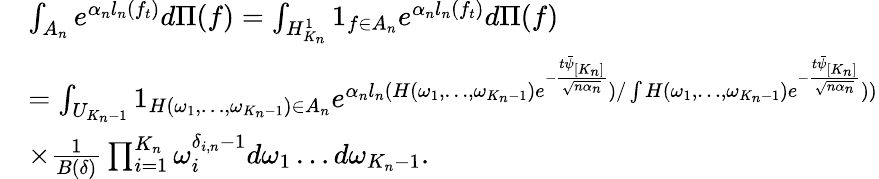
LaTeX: \begin{array}{rl}&{\int_{A_{n}}e^{\alpha_{n}l_{n}(f_{t})}d\Pi(f)=\int_{H_{K_{n}}^{1}}1_{f\in A_{n}}e^{\alpha_{n}l_{n}(f_{t})}d\Pi(f)}\\ &{=\int_{U_{K_{n}-1}}1_{H(\omega_{1},\dots,\omega_{K_{n}-1})\in A_{n}}e^{\alpha_{n}l_{n}(H(\omega_{1},\dots,\omega_{K_{n}-1})e^{-\frac{t\bar{\psi}_{[K_{n}]}}{\sqrt{n\alpha_{n}}}})/\int H(\omega_{1},\dots,\omega_{K_{n}-1})e^{-\frac{t\bar{\psi}_{[K_{n}]}}{\sqrt{n\alpha_{n}}}}))}}\\ &{\times\frac{1}{B(\delta)}\prod_{i=1}^{K_{n}}\omega_{i}^{\delta_{i,n}-1}d\omega_{1}\dots d\omega_{K_{n}-1}.}\end{array}